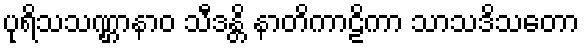
ပုရိသသဏ္ဌာနာဝ သီဒန္တိ နာတိကာဠိကာ သာသဒိသတော